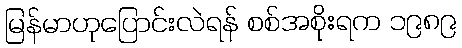
မြန်မာဟုပြောင်းလဲရန် စစ်အစိုးရက ၁၉၈၉